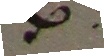
B.